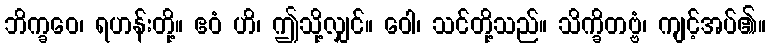
ဘိက္ခဝေ၊ ရဟန်းတို့။ ဧဝံ ဟိ၊ ဤသို့လျှင်။ ဝေါ၊ သင်တို့သည်။ သိက္ခိတဗ္ဗံ၊ ကျင့်အပ်၏။